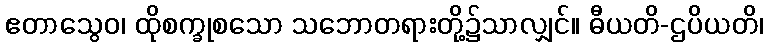
ဧတာသွေဝ၊ ထိုစက္ခုစသော သဘောတရားတို့၌သာလျှင်။ ဓီယတိ-ဌပိယတိ၊